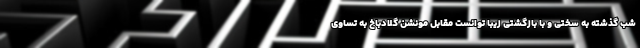
شب گذشته به سختی و با بازگشتی زیبا توانست مقابل مونشن گلادباخ به تساوی